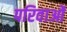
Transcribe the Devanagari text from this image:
परिवाओं